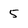
Character: 5